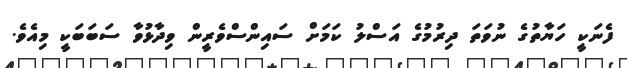
ފެނަކީ ހަޔާތުގެ ނުވަތަ ދިރުމުގެ އަސްލު ކަމަށް ސައިންސްވެރީން ވިދާޅުވާ ސަބަބަކީ މިއެވެ.